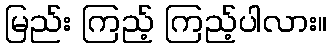
မြည်း ကြည့် ကြည့်ပါလား။